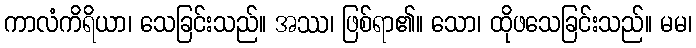
ကာလံကိရိယာ၊ သေခြင်းသည်။ အဿ၊ ဖြစ်ရာ၏။ သော၊ ထိုဖသေခြင်းသည်။ မမ၊